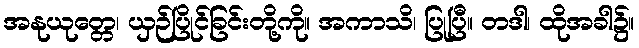
အနုယုတ္တေ၊ ယှဉ်ပြိုင်ခြင်းတို့ကို။ အကာသိ၊ ပြုပြီ။ တဒါ၊ ထိုအခါ၌။